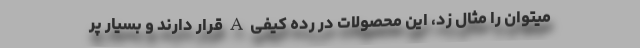
میتوان را مثال زد، این محصولات در رده کیفی A قرار دارند و بسیار پر